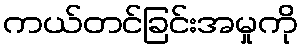
ကယ်တင်ခြင်းအမှုကို